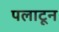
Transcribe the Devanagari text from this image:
पलाटून